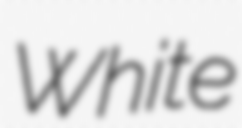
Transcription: White